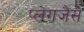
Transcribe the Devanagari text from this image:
प्लेगजैसे